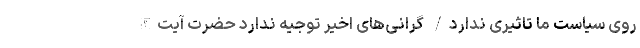
روی سیاست ما تاثیری ندارد/ گرانی‌های اخیر توجیه ندارد حضرت آیت‌الله